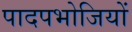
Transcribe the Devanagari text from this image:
पादपभोजियों